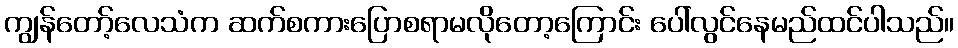
ကျွန်တော့်လေသံက ဆက်စကားပြောစရာမလိုတော့ကြောင်း ပေါ်လွင်နေမည်ထင်ပါသည်။